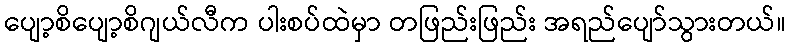
ပျော့စိပျော့စိဂျယ်လီက ပါးစပ်ထဲမှာ တဖြည်းဖြည်း အရည်ပျော်သွားတယ်။